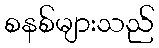
စနစ်များသည်